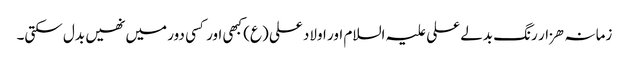
زمانہ ھزار رنگ بدلے علی علیہ السلام اور اولاد علی (ع) کبھی اور کسی دور میں نھیں بدل سکتی۔